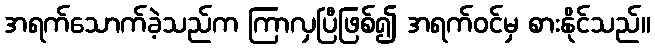
အရက်သောက်ခဲ့သည်က ကြာလှပြီဖြစ်၍ အရက်ဝင်မှ စားနိုင်သည်။